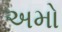
અમો